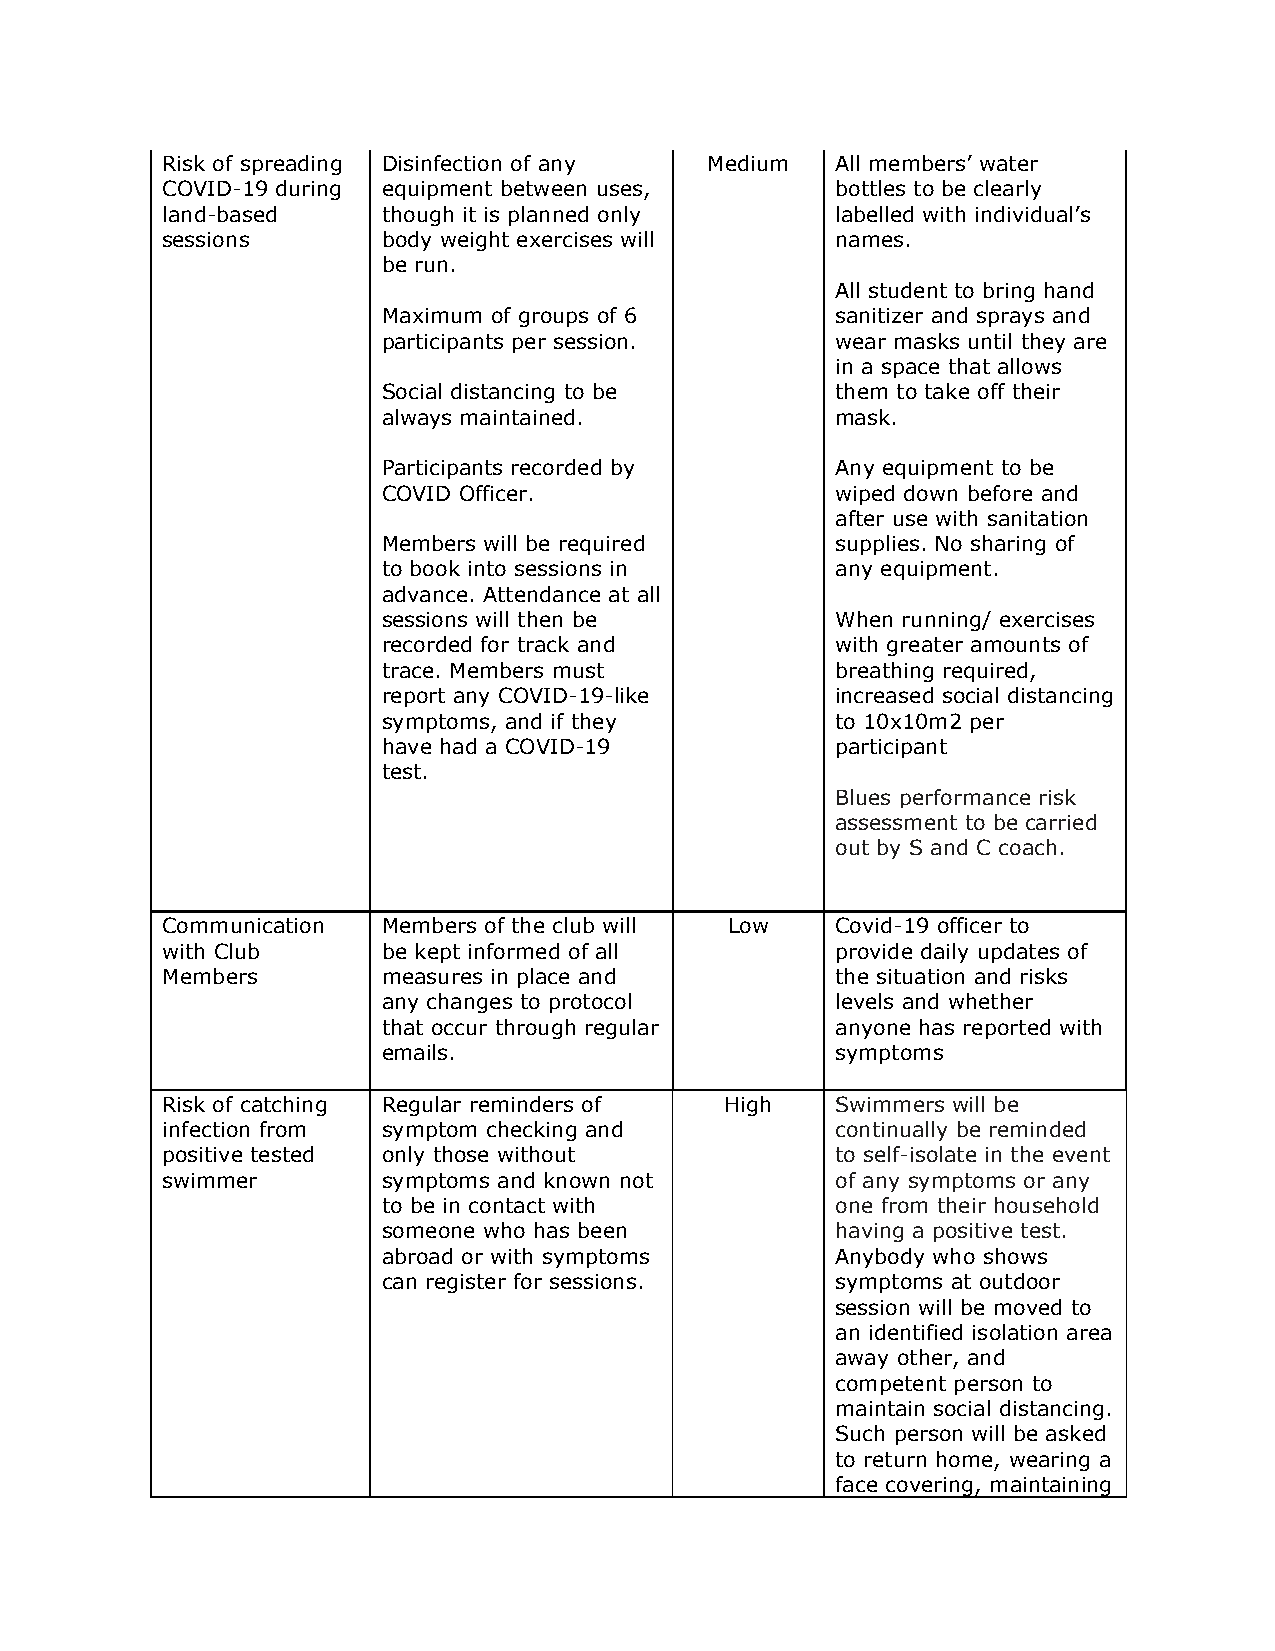
Risk of spreading Disinfection of any Medium All members’ water
 COVID-19 during equipment between uses,     bottles to be clearly
 land-based    though it is planned only     labelled with individual’s
 sessions      body weight exercises will    names.
 be run.
 All student to bring hand
 Maximum of groups of 6        sanitizer and sprays and
 participants per session.     wear masks until they are
 in a space that allows
 Social distancing to be       them to take off their
 always maintained.            mask.
 Participants recorded by      Any equipment to be
 COVID Officer.                wiped down before and
 after use with sanitation
 Members will be required      supplies. No sharing of
 to book into sessions in      any equipment.
 advance. Attendance at all
 sessions will then be         When running/ exercises
 recorded for track and        with greater amounts of
 trace. Members must           breathing required,
 report any COVID-19-like      increased social distancing
 symptoms, and if they         to 10x10m2 per
 have had a COVID-19           participant
 test.
 Blues performance risk
 assessment to be carried
 out by S and C coach.
 Communication Members of the club will Low  Covid-19 officer to
 with Club     be kept informed of all       provide daily updates of
 Members       measures in place and         the situation and risks
 any changes to protocol       levels and whether
 that occur through regular    anyone has reported with
 emails.                       symptoms
 Risk of catching Regular reminders of High  Swimmers will be
 infection from symptom checking and         continually be reminded
 positive tested only those without          to self-isolate in the event
 swimmer       symptoms and known not        of any symptoms or any
 to be in contact with         one from their household
 someone who has been          having a positive test.
 abroad or with symptoms       Anybody who shows
 can register for sessions.    symptoms at outdoor
 session will be moved to
 an identified isolation area
 away other, and
 competent person to
 maintain social distancing.
 Such person will be asked
 to return home, wearing a
 face covering, maintaining